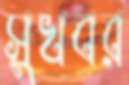
সুখবর